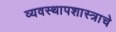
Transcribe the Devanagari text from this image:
व्यवस्थापशास्त्राचे